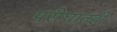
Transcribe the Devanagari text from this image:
परीघातही